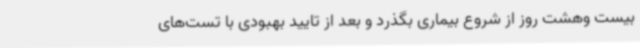
بیست وهشت روز از شروع بیماری بگذرد و بعد از تایید بهبودی با تست‌های